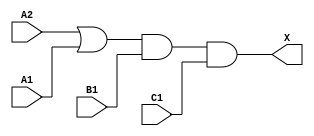
module sky130_fd_sc_lp__o211a (
    X ,
    A1,
    A2,
    B1,
    C1
);

    // Module ports
    output X ;
    input  A1;
    input  A2;
    input  B1;
    input  C1;

    // Local signals
    wire or0_out   ;
    wire and0_out_X;

    //  Name  Output      Other arguments
    or  or0  (or0_out   , A2, A1         );
    and and0 (and0_out_X, or0_out, B1, C1);
    buf buf0 (X         , and0_out_X     );

endmodule